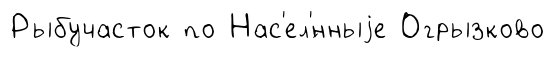
Рыбучасток по Нас'ел'́нныjе Огрызково